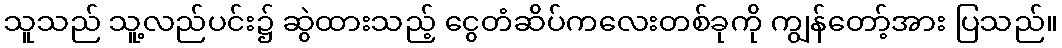
သူသည် သူ့လည်ပင်း၌ ဆွဲထားသည့် ငွေတံဆိပ်ကလေးတစ်ခုကို ကျွန်တော့်အား ပြသည်။